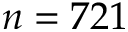
n = 7 2 1